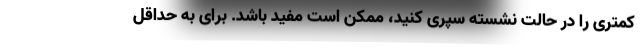
کمتری را در حالت نشسته سپری کنید، ممکن است مفید باشد. برای به حداقل